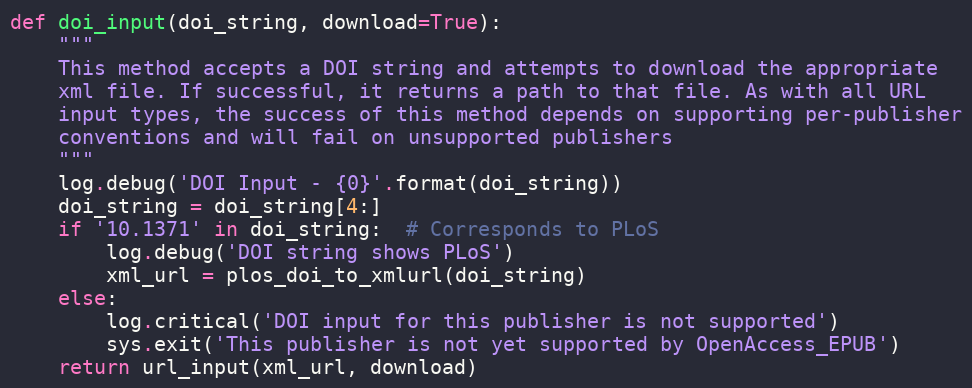
Language: Python
def doi_input(doi_string, download=True):
    """
    This method accepts a DOI string and attempts to download the appropriate
    xml file. If successful, it returns a path to that file. As with all URL
    input types, the success of this method depends on supporting per-publisher
    conventions and will fail on unsupported publishers
    """
    log.debug('DOI Input - {0}'.format(doi_string))
    doi_string = doi_string[4:]
    if '10.1371' in doi_string:  # Corresponds to PLoS
        log.debug('DOI string shows PLoS')
        xml_url = plos_doi_to_xmlurl(doi_string)
    else:
        log.critical('DOI input for this publisher is not supported')
        sys.exit('This publisher is not yet supported by OpenAccess_EPUB')
    return url_input(xml_url, download)